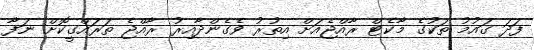
ފަދަ ގައުމު ތަކުގެ މާކެޓް ރާއްޖެއަށް އިތުރު ވެގެންދާއިރު ރާއްޖެ ތަރައްގީކޮށް ނަފާ